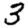
Digit: 3